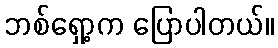
ဘစ်ရှော့က ပြောပါတယ်။